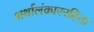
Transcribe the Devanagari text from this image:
अर्थालंकाररहिता